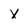
Character: x